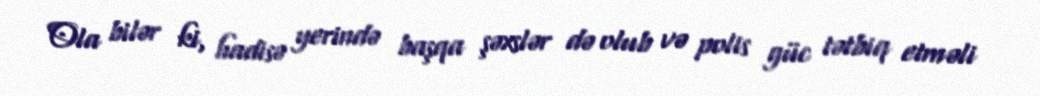
Ola bilər ki, hadisə yerində başqa şəxslər də olub və polis güc tətbiq etməli